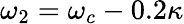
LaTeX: \omega_{2}=\omega_{c}-0.2\kappa